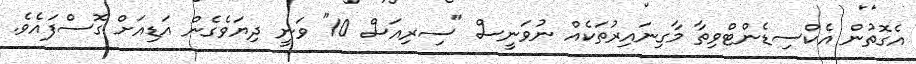
އެގޮތުން އެކްސިޑެންޓްވިތާ މާގިނައިރުތަކެއް ނުވަނީސް "ސިރިއަސް 10" ވަނީ ދިޔަވެގެން އަޑިއަށް ގޮސްފައެވެ.